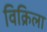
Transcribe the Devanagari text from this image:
विक्रिला